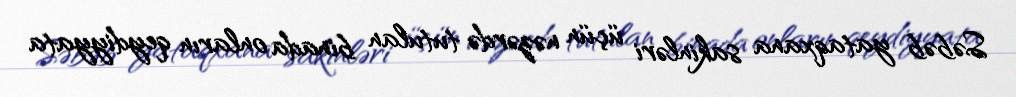
Səbəb yataqxana sakinləri üçün nəzərdə tutulan binada onların qeydiyyata